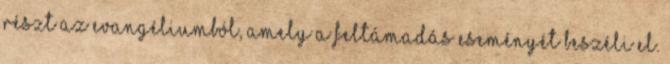
részt az evangéliumból, amely a feltámadás eseményét beszéli el.